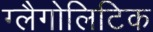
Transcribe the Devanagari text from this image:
ग्लैगोलिटिक